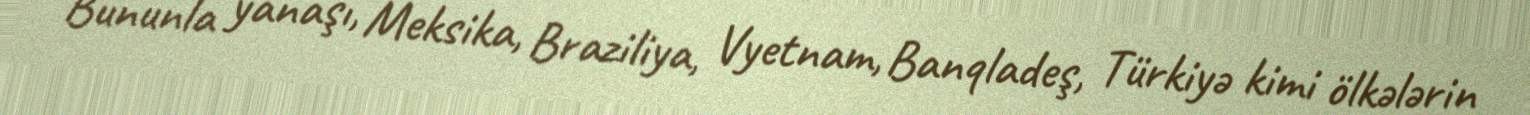
Bununla yanaşı, Meksika, Braziliya, Vyetnam, Banqladeş, Türkiyə kimi ölkələrin